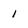
Character: 1